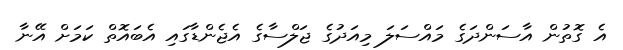
އެ ގޮތުން އާސަންދަގެ މައްސަލަ މިއަދުގެ ޖަލްސާގެ އެޖެންޑާގައި އެބައޮތް ކަމަށް އޭނާ